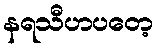
နရသီဟပတေ့